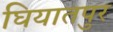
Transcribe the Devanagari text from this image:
घियातपुर